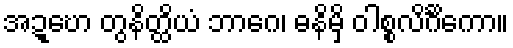
အဍ္ဎော တွနိတ္ထိယံ ဘာဂေ၊ ဓနိမှိ ဝါစ္စလိင်္ဂိကော။